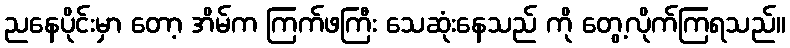
ညနေပိုင်းမှာ တော့ အိမ်က ကြက်ဖကြီး သေဆုံးနေသည် ကို တွေ့လိုက်ကြရသည်။